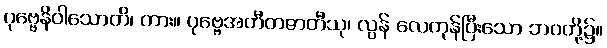
ပုဗ္ဗေနိဝါသောတိ၊ ကား။ ပုဗ္ဗေအတီတဇာတီသု၊ လွန် လေကုန်ပြီးသော ဘဝတို့၌။